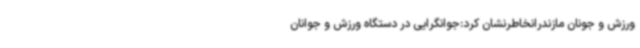
ورزش و جونان مازندرانخاطرنشان کرد:جوانگرایی در دستگاه ورزش و جوانان